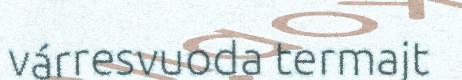
várresvuoda termajt